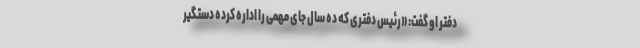
دفتر او گفت: «رئیس دفتری که ده سال جای مهمی را اداره کرده دستگیر